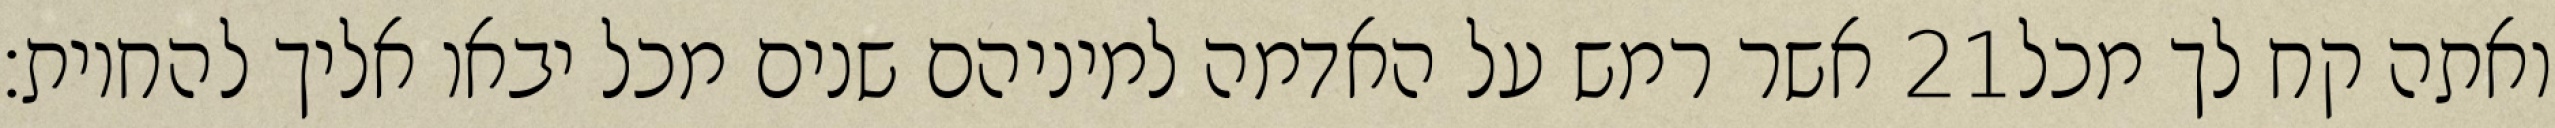
אשר רמש על האדמה למיניהם שנים מכל יבאו אליך להחיות׃ ‎21‏ ואתה קח לך מכל